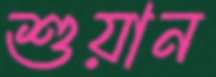
শুয়ান